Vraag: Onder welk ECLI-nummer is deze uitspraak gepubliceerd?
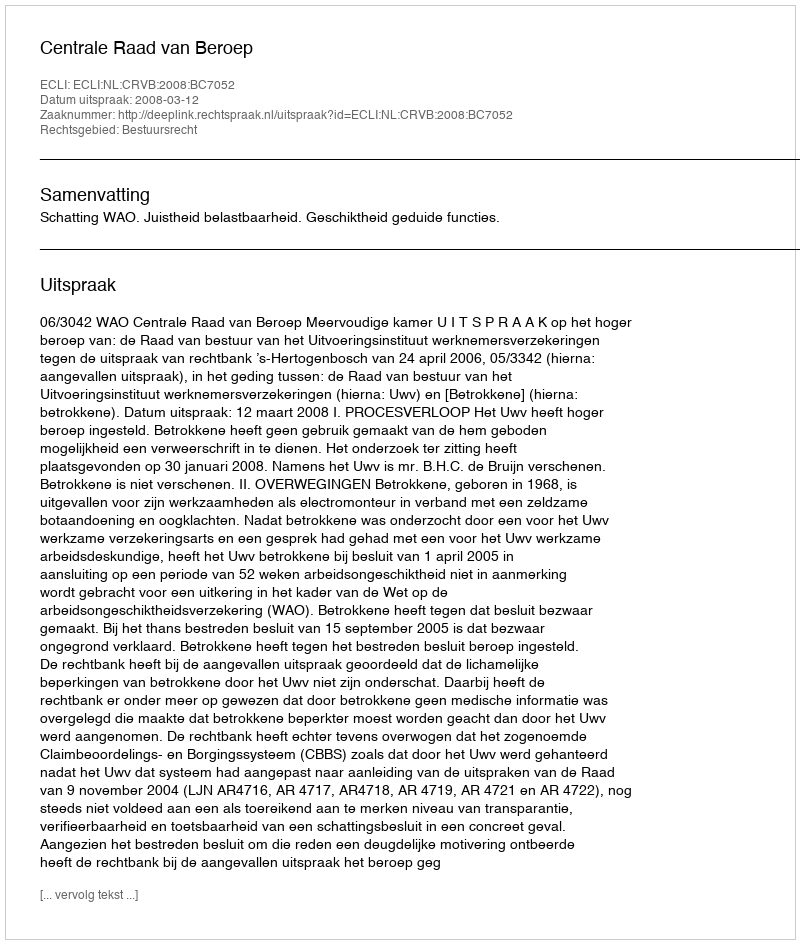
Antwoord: ECLI:NL:CRVB:2008:BC7052